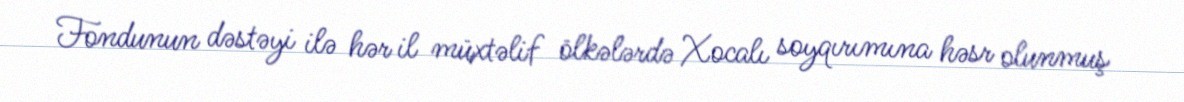
Fondunun dəstəyi ilə hər il müxtəlif ölkələrdə Xocalı soyqırımına həsr olunmuş